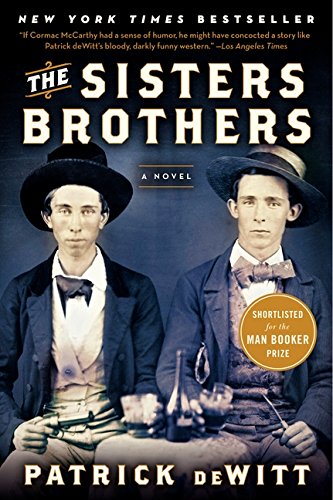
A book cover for The Sisters Brothers; Patrick deWitt; Literature & Fiction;